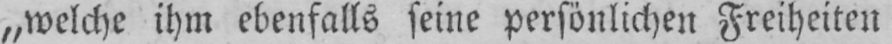
„welche ihm ebenfalls seine persönlichen Freiheiten